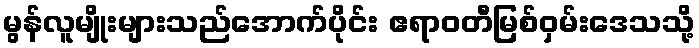
မွန်လူမျိုးများသည်အောက်ပိုင်း ဧရာဝတီမြစ်ဝှမ်းဒေသသို့